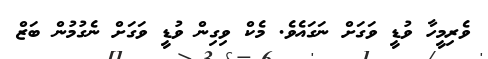
ވެރިމީހާ ވުޑީ ވަގަށް ނަގައެވެ. މެކް ވިގިން ވުޑީ ވަގަށް ނެގުމުން ބަޒް